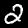
Label: 2